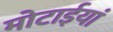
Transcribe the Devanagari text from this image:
मोटाईयां